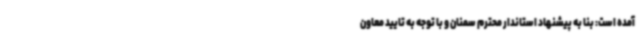
آمده است: بنا به پیشنهاد استاندار محترم سمنان و با توجه به تایید معاون